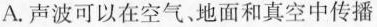
A.声波可以在空气、地面和真空中传播